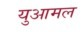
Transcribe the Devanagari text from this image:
युआमल